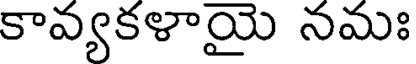
కావ్యకళాయై నమః